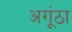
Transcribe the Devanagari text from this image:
अगूंठा